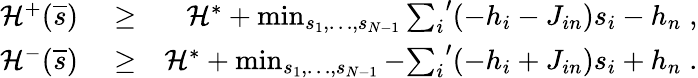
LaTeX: \begin{array}{rlr}{{\cal H}^{+}(\overline{{s}})}&{{}\ge}&{{\cal H}^{*}+\operatorname*{min}_{s_{1},\ldots,s_{N-1}}{\sum_{i}}^{\prime}(-h_{i}-J_{in})s_{i}-h_{n}\; ,}\\ {{\cal H}^{-}(\overline{{s}})}&{{}\ge}&{{\cal H}^{*}+\operatorname*{min}_{s_{1},\ldots,s_{N-1}}-{\sum_{i}}^{\prime}(-h_{i}+J_{in})s_{i}+h_{n}\; .}\end{array}